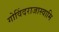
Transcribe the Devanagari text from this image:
गोविंदराजास्वामि